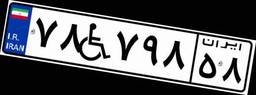
۷۸W۷۹۸۵۸